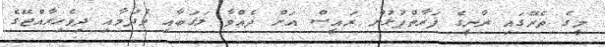
މީގެ ތެރޭގައި ރާނީގެ ފަރާތްޕުޅުން ރައީސް އަށް ދެއްވާ ލަޤަބާއި ވެދުމާއި ދިވެހިރާއްޖޭގެ